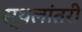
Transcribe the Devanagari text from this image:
स्थलांतरी